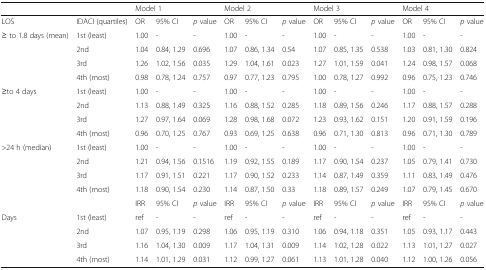
<table><thead><tr><td></td><td></td><td colspan="3"><b>Model 1</b></td><td colspan="3"><b>Model 2</b></td><td colspan="3"><b>Model 3</b></td><td colspan="3"><b>Model 4</b></td></tr></thead><tbody><tr><td>LOS</td><td>IDACI (quartiles)</td><td>OR</td><td>95% CI</td><td><i>p</i> value</td><td>OR</td><td>95% CI</td><td><i>p</i> value</td><td>OR</td><td>95% CI</td><td><i>p</i> value</td><td>OR</td><td>95% CI</td><td><i>p</i> value</td></tr><tr><td rowspan="4">≥ to 1.8 days (mean)</td><td>1st (least)</td><td>1.00</td><td>-</td><td>-</td><td>1.00</td><td>-</td><td>-</td><td>1.00</td><td>-</td><td>-</td><td>1.00</td><td>-</td><td>-</td></tr><tr><td>2nd</td><td>1.04</td><td>0.84, 1.29</td><td>0.696</td><td>1.07</td><td>0.86, 1.34</td><td>0.54</td><td>1.07</td><td>0.85, 1.35</td><td>0.538</td><td>1.03</td><td>0.81, 1.30</td><td>0.824</td></tr><tr><td>3rd</td><td>1.26</td><td>1.02, 1.56</td><td>0.035</td><td>1.29</td><td>1.04, 1.61</td><td>0.023</td><td>1.27</td><td>1.01, 1.59</td><td>0.041</td><td>1.24</td><td>0.98, 1.57</td><td>0.068</td></tr><tr><td>4th (most)</td><td>0.98</td><td>0.78, 1.24</td><td>0.757</td><td>0.97</td><td>0.77, 1.23</td><td>0.795</td><td>1.00</td><td>0.78, 1.27</td><td>0.992</td><td>0.96</td><td>0.75, 1.23</td><td>0.746</td></tr><tr><td rowspan="4">≥to 4 days</td><td>1st (least)</td><td>1.00</td><td>-</td><td>-</td><td>1.00</td><td>-</td><td>-</td><td>1.00</td><td>-</td><td>-</td><td>1.00</td><td>-</td><td>-</td></tr><tr><td>2nd</td><td>1.13</td><td>0.88, 1.49</td><td>0.325</td><td>1.16</td><td>0.88, 1.52</td><td>0.285</td><td>1.18</td><td>0.89, 1.56</td><td>0.246</td><td>1.17</td><td>0.88, 1.57</td><td>0.288</td></tr><tr><td>3rd</td><td>1.27</td><td>0.97, 1.64</td><td>0.069</td><td>1.28</td><td>0.98, 1.68</td><td>0.072</td><td>1.23</td><td>0.93, 1.62</td><td>0.151</td><td>1.20</td><td>0.91, 1.59</td><td>0.196</td></tr><tr><td>4th (most)</td><td>0.96</td><td>0.70, 1.25</td><td>0.767</td><td>0.93</td><td>0.69, 1.25</td><td>0.638</td><td>0.96</td><td>0.71, 1.30</td><td>0.813</td><td>0.96</td><td>0.71, 1.30</td><td>0.789</td></tr><tr><td rowspan="4">&gt;24 h (median)</td><td>1st (least)</td><td>1.00</td><td>-</td><td>-</td><td>1.00</td><td>-</td><td>-</td><td>1.00</td><td>-</td><td>-</td><td>1.00</td><td>-</td><td>-</td></tr><tr><td>2nd</td><td>1.21</td><td>0.94, 1.56</td><td>0.1516</td><td>1.19</td><td>0.92, 1.55</td><td>0.189</td><td>1.17</td><td>0.90, 1.54</td><td>0.237</td><td>1.05</td><td>0.79, 1.41</td><td>0.730</td></tr><tr><td>3rd</td><td>1.17</td><td>0.91, 1.51</td><td>0.221</td><td>1.17</td><td>0.90, 1.52</td><td>0.233</td><td>1.14</td><td>0.87, 1.49</td><td>0.359</td><td>1.11</td><td>0.83, 1.49</td><td>0.476</td></tr><tr><td>4th (most)</td><td>1.18</td><td>0.90, 1.54</td><td>0.230</td><td>1.14</td><td>0.87, 1.50</td><td>0.33</td><td>1.18</td><td>0.89, 1.57</td><td>0.249</td><td>1.07</td><td>0.79, 1.45</td><td>0.670</td></tr><tr><td></td><td></td><td>IRR</td><td>95% CI</td><td><i>p</i> value</td><td>IRR</td><td>95% CI</td><td><i>p</i> value</td><td>IRR</td><td>95% CI</td><td><i>p</i> value</td><td>IRR</td><td>95% CI</td><td><i>p</i> value</td></tr><tr><td rowspan="4">Days</td><td>1st (least)</td><td>ref</td><td>-</td><td>-</td><td>ref</td><td>-</td><td>-</td><td>ref</td><td>-</td><td>-</td><td>ref</td><td>-</td><td>-</td></tr><tr><td>2nd</td><td>1.07</td><td>0.95, 1.19</td><td>0.298</td><td>1.06</td><td>0.95, 1.19</td><td>0.310</td><td>1.06</td><td>0.94, 1.18</td><td>0.351</td><td>1.05</td><td>0.93, 1.17</td><td>0.443</td></tr><tr><td>3rd</td><td>1.16</td><td>1.04, 1.30</td><td>0.009</td><td>1.17</td><td>1.04, 1.31</td><td>0.009</td><td>1.14</td><td>1.02, 1.28</td><td>0.022</td><td>1.13</td><td>1.01, 1.27</td><td>0.027</td></tr><tr><td>4th (most)</td><td>1.14</td><td>1.01, 1.29</td><td>0.031</td><td>1.12</td><td>0.99, 1.27</td><td>0.061</td><td>1.13</td><td>1.01, 1.28</td><td>0.040</td><td>1.12</td><td>1.00, 1.26</td><td>0.056</td></tr></tbody></table>